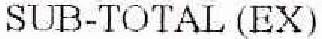
SUB-TOTAL (EX)